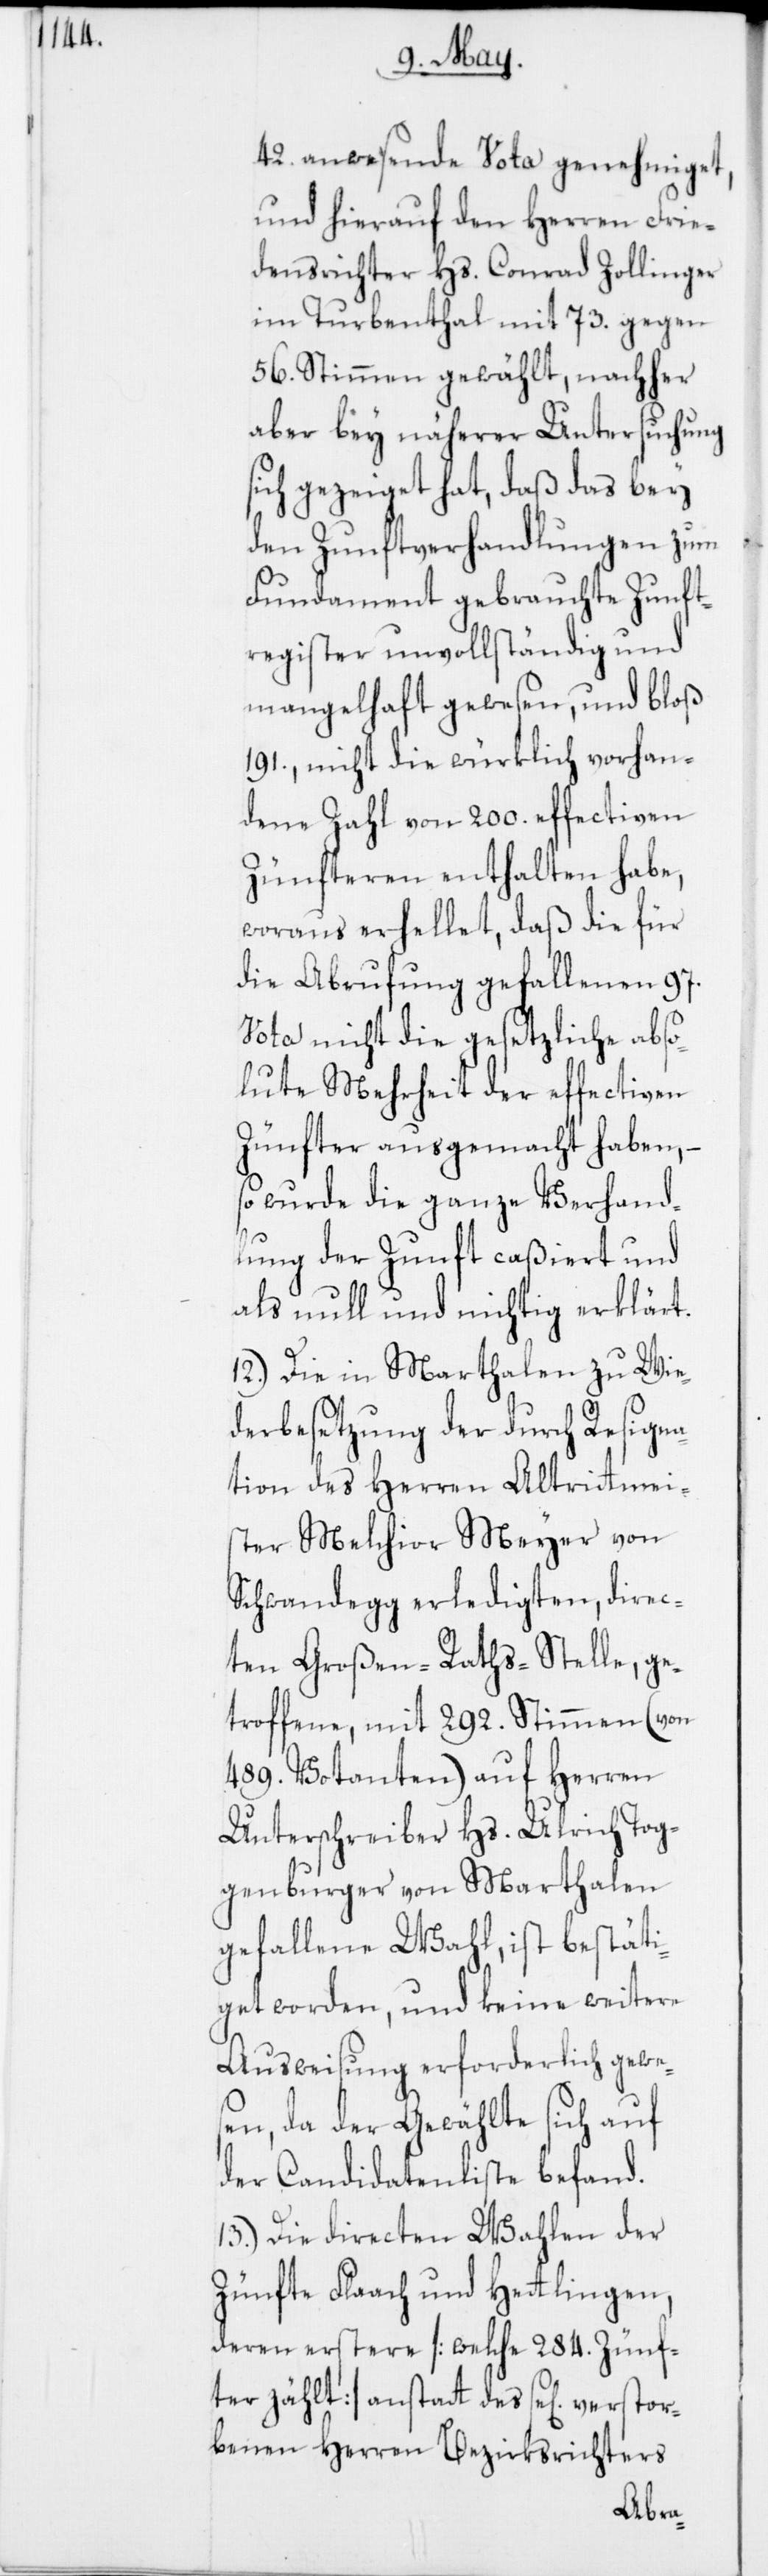
42. anwesende Vota genehmiget,
und hierauf den Herren Frie¬
densrichter Hs. Conrad Zollinger
im Turbenthal mit 73. gegen
56. Stimmen gewählt, nachher
aber bey näherer Untersuchung
sich gezeigt hat, daß das bey
den Zunftverhandlungen zum
Fundament gebrauchte Zunft¬
register unvollständig und
mangelhaft gewesen und bloß
191., nicht die würklich vorhan¬
dene Zahl von 200. effectiven
Zünfteren enthalten habe,
woraus erhellet, daß die für
die Abrufung gefallenen 97.
Vota nicht die gesetzliche abso¬
lute Mehrheit der effectiven
Zünfter ausgemacht haben, –
so wurde die ganze Verhand¬
lung der Zunft caßiert und
als null und nichtig erklärt.
12.) Die in Marthalen zu Wie¬
derbesetzung der durch Resigna¬
tion des Herren Altritmei¬
ster Melchior Meyer von
Schwandegg erledigten, direc¬
ten Großen-Raths-Stelle, ge¬
troffene, mit 292. Stimmen (von
489. Votanten) auf Herren
Unterschreiber Hs. Ulrich Tog¬
genburger von Marthalen
gefallene Wahl, ist bestäti¬
get worden, und keine weitere
Ausweisung erforderlich gewe¬
sen, da der Gewählte sich auf
der Candidatenliste befand.
13.) Die directen Wahlen der
Zünfte Flaach und Hetlingen,
deren erstere [welche 284. Zünf¬
ter zählt] anstatt des se[lig] verstor¬
benen Herren Bezirksrichters